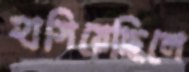
হাসিয়েছিলে